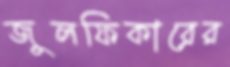
জুলফিকারের